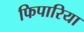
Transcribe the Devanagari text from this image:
फिपारिया